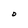
Character: D